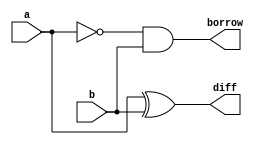
module h_sub (a,b, diff, borrow);
  
  input a,b;
  wire s;
  output diff, borrow;  
  
  xor g1(diff, a, b);
  not g2(s,a);
  and g3(borrow, s, b);
  
endmodule